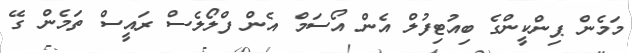
މަމެން ޕިންކީންގެ ބިއުޓިފުލް އެން އޯސަމް އެން ފްލޯލެސް ރައީސް ތަމެން ގޭ